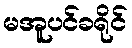
မအူပင်ခရိုင်